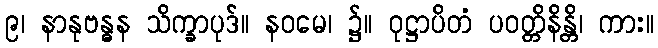
၉၊ နာနုဗန္ဓန သိက္ခာပုဒ်။ နဝမေ၊ ၌။ ဝုဋ္ဌာပိတံ ပဝတ္တိနိန္တိ၊ ကား။